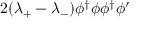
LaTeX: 2 ( \lambda _ { + } - \lambda _ { - } ) \phi ^ { \dagger } \phi \phi ^ { \dagger } \phi ^ { \prime }